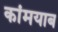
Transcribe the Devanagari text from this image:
कांमयाब